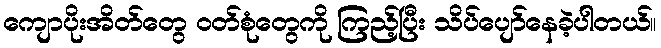
ကျောပိုးအိတ်တွေ ဝတ်စုံတွေကို ကြည့်ပြီး သိပ်ပျော်နေခဲ့ပါတယ်။